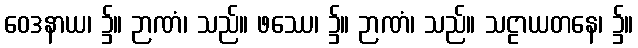
ဝေဒနာယ၊ ၌။ ဉာဏံ၊ သည်။ ဖဿေ၊ ၌။ ဉာဏံ၊ သည်။ သဠာယတနေ၊ ၌။